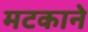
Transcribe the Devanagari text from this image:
मटकाने